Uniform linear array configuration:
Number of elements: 32
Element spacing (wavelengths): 0.25
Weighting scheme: blackman
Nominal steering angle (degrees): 15
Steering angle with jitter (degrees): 13.513
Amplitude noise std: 0.05
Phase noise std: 0.05

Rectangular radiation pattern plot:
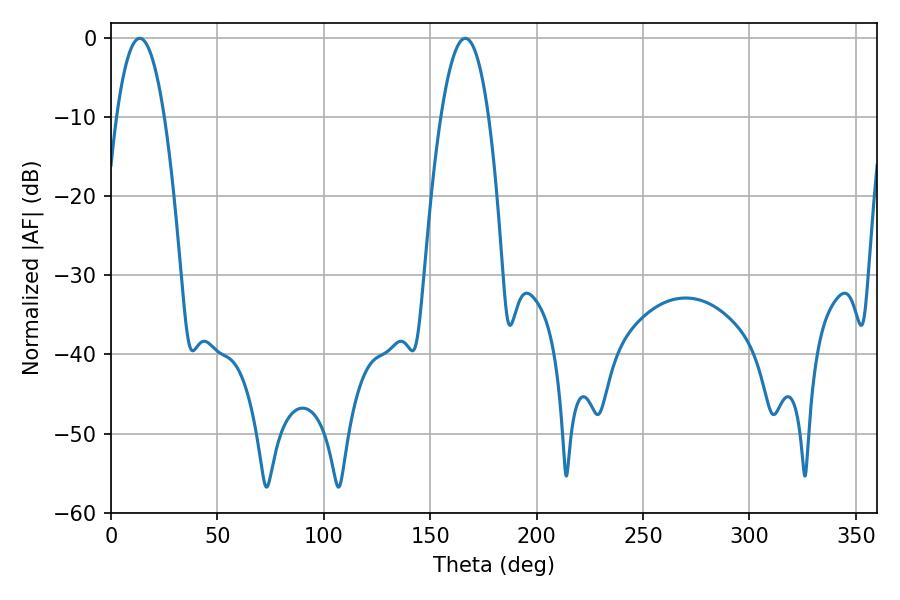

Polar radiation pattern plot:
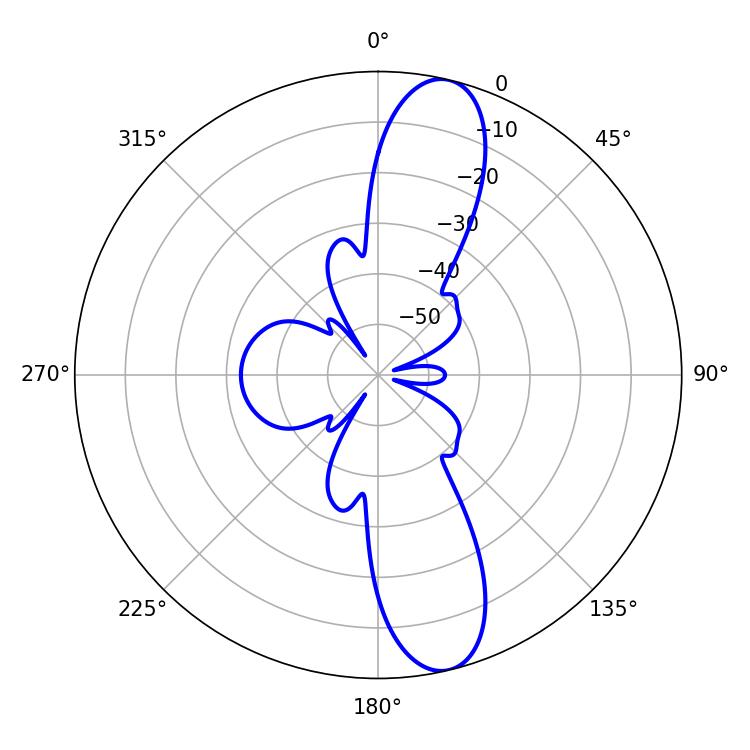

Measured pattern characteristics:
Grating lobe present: FALSE
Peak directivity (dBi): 12.642
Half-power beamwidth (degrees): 12.42
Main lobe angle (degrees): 13.5